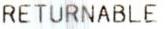
RETURNABLE